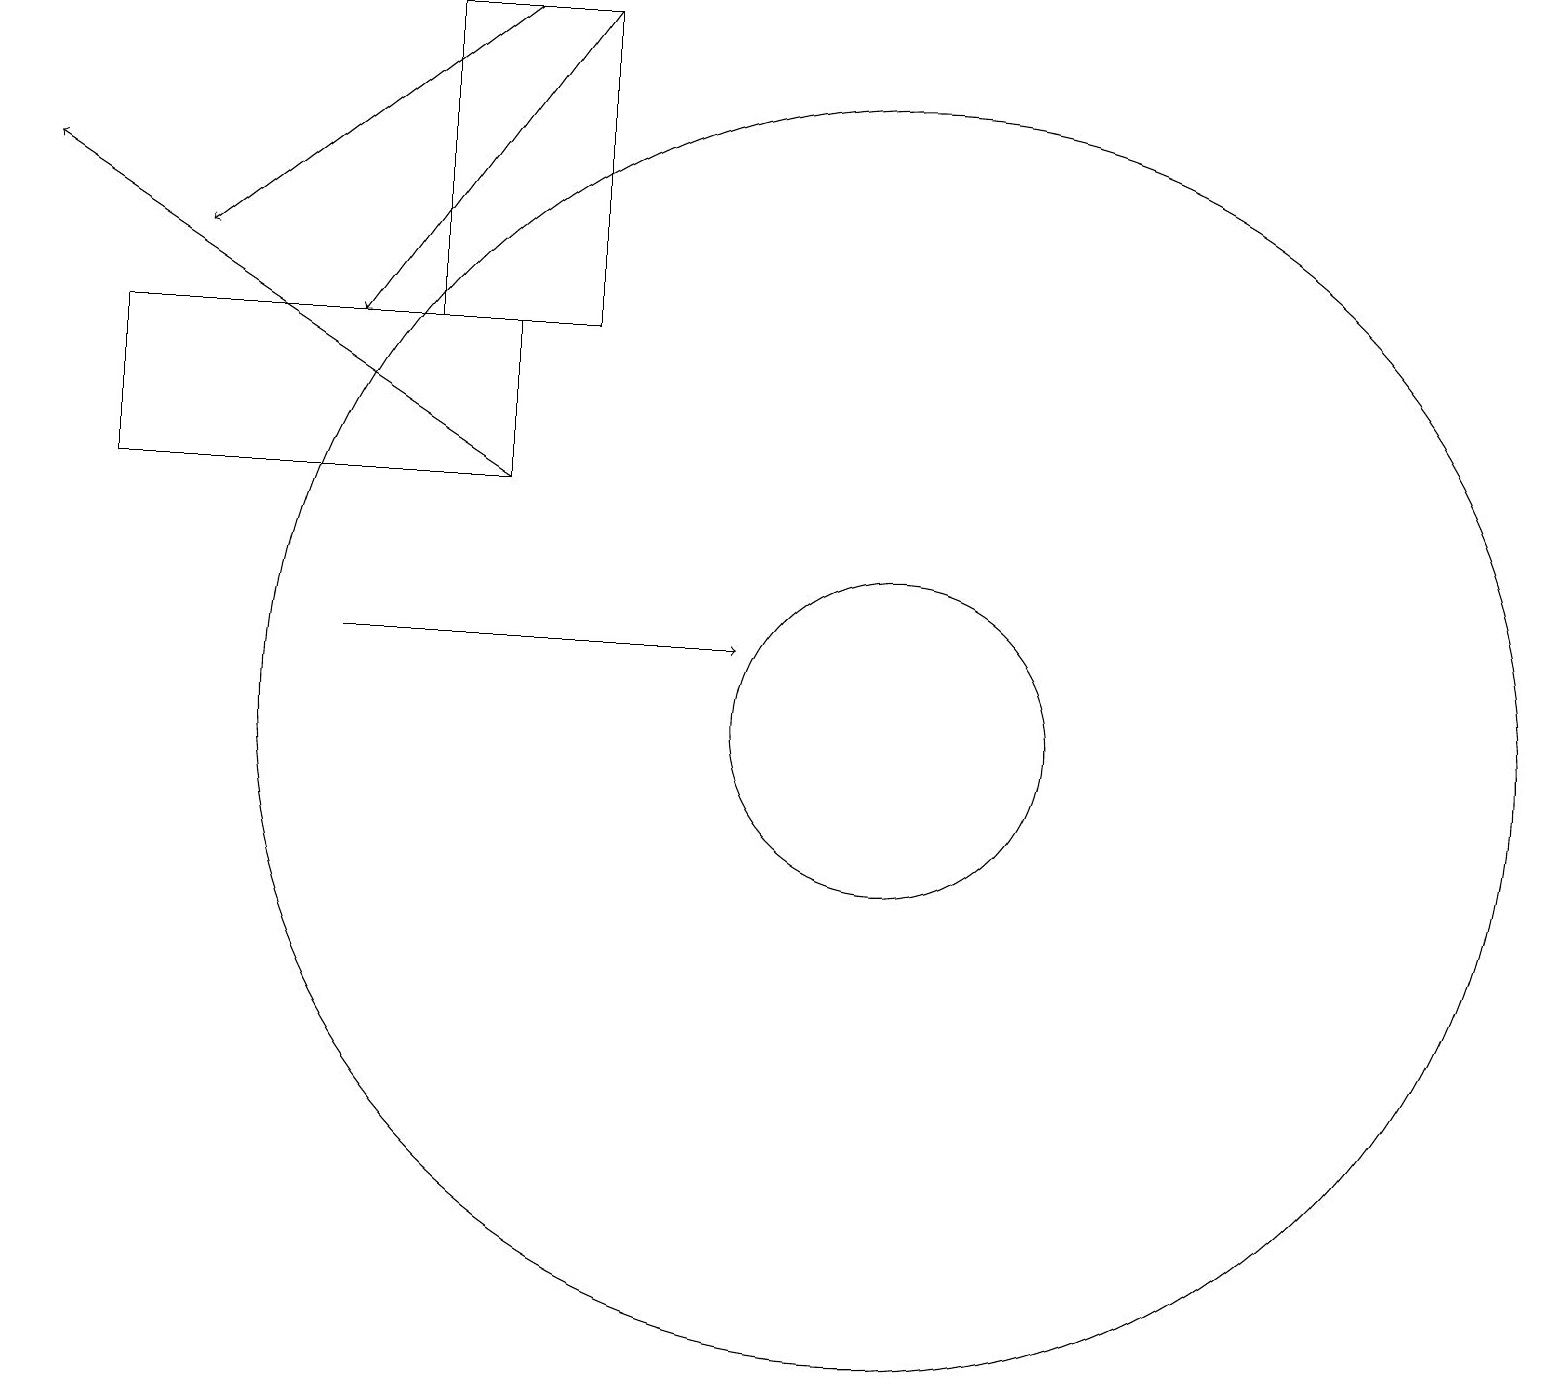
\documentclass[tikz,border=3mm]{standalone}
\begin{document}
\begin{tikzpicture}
\draw (11,10) circle (2);
\draw[->] (4,11) -- (9,11);
\draw[->] (6,13) -- (0,17);
\draw (6,13) rectangle (1,15);
\draw[->] (7,19) -- (4,15);
\draw (11,10) circle (8);
\draw[->] (6,19) -- (2,16);
\draw (5,15) rectangle (7,19);
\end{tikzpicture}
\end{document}